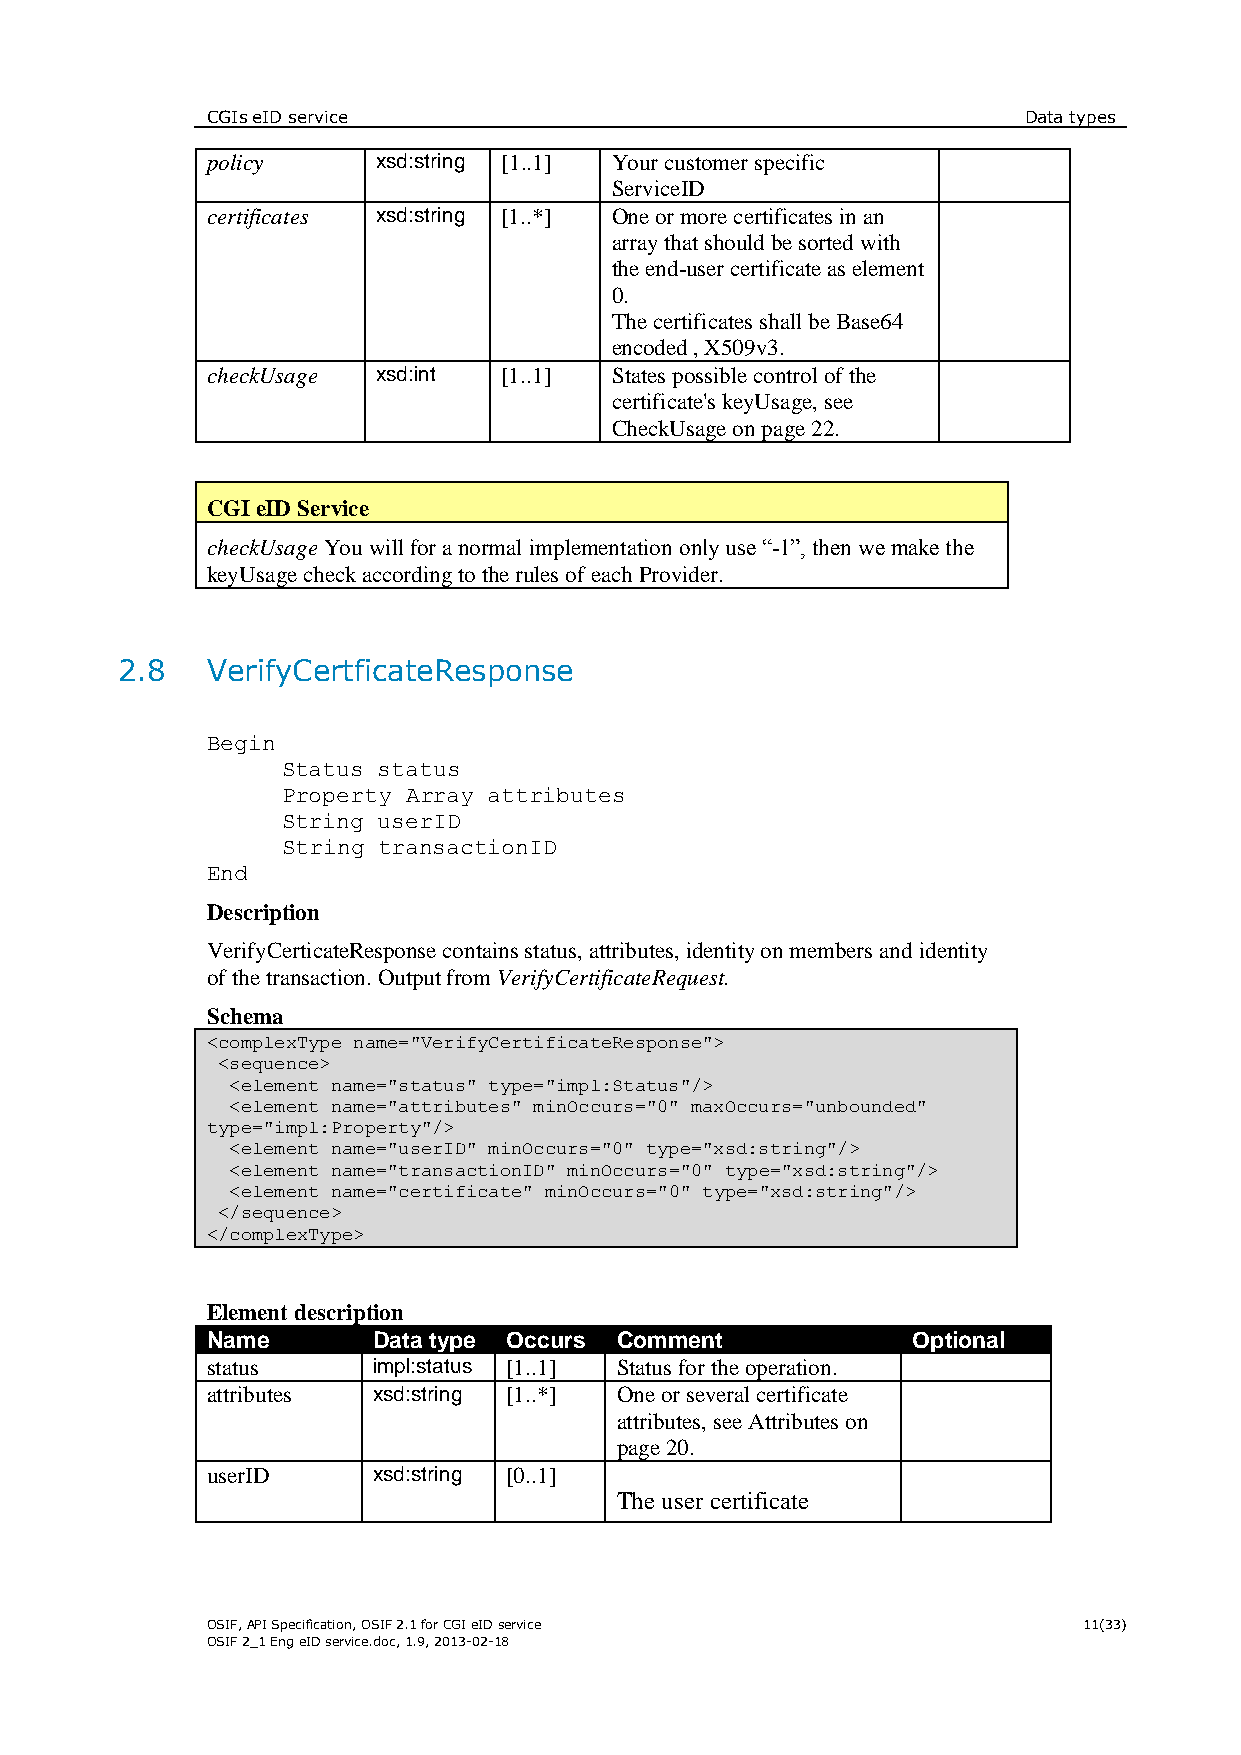
CGIs eID service                                      Data types
 policy     xsd:string [1..1] Your customer specific
 ServiceID
 certificates xsd:string [1..*] One or more certificates in an
 array that should be sorted with
 the end-user certificate as element
 0.
 The certificates shall be Base64
 encoded , X509v3.
 checkUsage xsd:int [1..1] States possible control of the
 certificate's keyUsage, see
 CheckUsage on page 22.
 CGI eID Service
 checkUsage You will for a normal implementation only use “-1”, then we make the
 keyUsage check according to the rules of each Provider.
 2.8   VerifyCertficateResponse
 Begin
 Status status
 Property Array attributes
 String userID
 String transactionID
 End
 Description
 VerifyCerticateResponse contains status, attributes, identity on members and identity
 of the transaction. Output from VerifyCertificateRequest.
 Schema
 <complexType name="VerifyCertificateResponse">
 <sequence>
 <element name="status" type="impl:Status"/>
 <element name="attributes" minOccurs="0" maxOccurs="unbounded"
 type="impl:Property"/>
 <element name="userID" minOccurs="0" type="xsd:string"/>
 <element name="transactionID" minOccurs="0" type="xsd:string"/>
 <element name="certificate" minOccurs="0" type="xsd:string"/>
 </sequence>
 </complexType>
 Element description
 Name       Data type Occurs Comment           Optional
 status     impl:status [1..1] Status for the operation.
 attributes xsd:string [1..*] One or several certificate
 attributes, see Attributes on
 page 20.
 userID     xsd:string [0..1]
 The user certificate
 OSIF, API Specification, OSIF 2.1 for CGI eID service     11(33)
 OSIF 2_1 Eng eID service.doc, 1.9, 2013-02-18